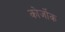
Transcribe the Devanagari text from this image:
कोर्जोक